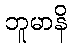
ဘူမာနိ